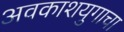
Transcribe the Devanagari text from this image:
अवकाशयुगाचा